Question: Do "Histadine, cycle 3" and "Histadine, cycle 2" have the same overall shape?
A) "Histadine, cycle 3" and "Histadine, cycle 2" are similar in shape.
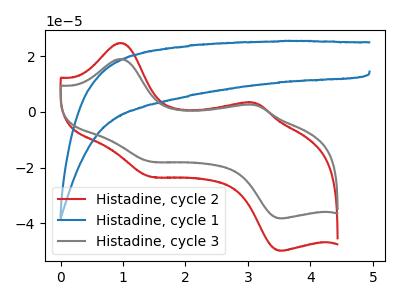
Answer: <think>The red curve "Histadine, cycle 2" has anodic peaks at (0.95V, 24.80uA) (3.10V, 3.25uA) and cathodic peaks at (1.45V, -23.15uA) (3.55V, -49.85uA). The blue curve "Histadine, cycle 1" has no peaks. The gray curve "Histadine, cycle 3" has anodic peaks at (0.95V, 19.00uA) (3.10V, 2.50uA) and cathodic peaks at (1.45V, -17.75uA) (3.55V, -38.25uA).
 All the peaks in "Histadine, cycle 3" have a peak in "Histadine, cycle 2" at the same potential. Every peak in "Histadine, cycle 3" is lower than every peak in "Histadine, cycle 2".</think>
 <answer>A) "Histadine, cycle 3" and "Histadine, cycle 2" are similar in shape.</answer>
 <eval>A</eval>